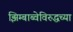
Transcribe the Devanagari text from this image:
झिम्बाब्वेविरुद्धच्या